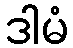
ဒါမံ